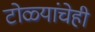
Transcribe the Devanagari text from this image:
टोळ्यांचेही